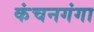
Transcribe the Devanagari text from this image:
कंचनगंगा